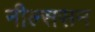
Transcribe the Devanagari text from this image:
नील्ससन